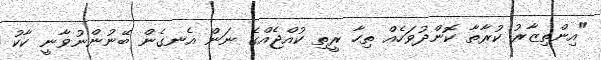
"އިންތިޒާރު ކުރާތާ ކޮންދުވަހެއް ތިހާ ރީތި ކުއްޖެއްގެ ނަން އެނގެން ބޭނުންނުވާނީ ކާކު